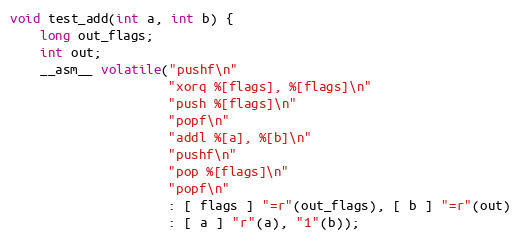
Language: C
void test_add(int a, int b) {
    long out_flags;
    int out;
    __asm__ volatile("pushf\n"
                     "xorq %[flags], %[flags]\n"
                     "push %[flags]\n"
                     "popf\n"
                     "addl %[a], %[b]\n"
                     "pushf\n"
                     "pop %[flags]\n"
                     "popf\n"
                     : [ flags ] "=r"(out_flags), [ b ] "=r"(out)
                     : [ a ] "r"(a), "1"(b));